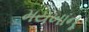
મયખાનૂ